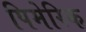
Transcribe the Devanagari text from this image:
पिमेरिक